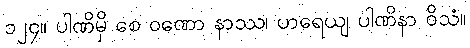
၁၂၄။ ပါဏိမှိ စေ ဝဏော နာဿ၊ ဟရေယျ ပါဏိနာ ဝိသံ။